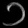
Digit: ၁